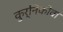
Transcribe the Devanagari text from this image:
कुर्निकोवा